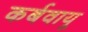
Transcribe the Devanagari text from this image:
कर्बवायू